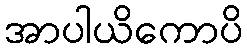
အာပါယိကောပိ